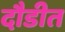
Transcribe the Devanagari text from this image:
दौडीत